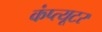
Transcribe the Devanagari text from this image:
कंप्त्यूटर